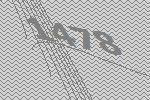
1478